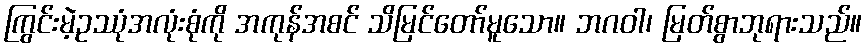
ကြွင်းမဲ့ဥဿုံအလုံးစုံကို အကုန်အစင် သိမြင်တော်မူသော။ ဘဂဝါ၊ မြတ်စွာဘုရားသည်။